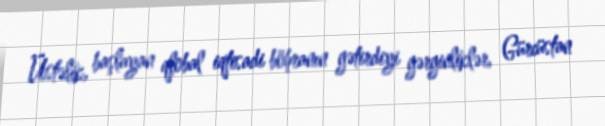
Üstəlik, başlayan qlobal iqtisadi böhranın gətirdiyi gərginliklər, Gürcüstan